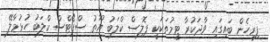
ފިރިހެން ބައިގައި ވާދަކުރާ ޓީމުތަކަކީ ޕޮލިސް ކްލަބު ޔޫތު ސްޕޯޓްސް ކްލަބު ހުޅުމާލޭ